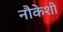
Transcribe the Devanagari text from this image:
नौकेशी